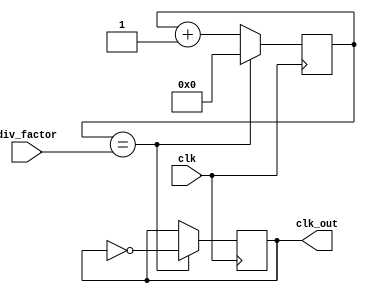
module floating_point_clock_divider (
    input wire clk,
    input wire [31:0] div_factor,
    output wire clk_out
);

reg [63:0] count;
reg clk_div;

always @(posedge clk) begin
    if (count == div_factor) begin
        clk_div <= ~clk_div;
        count <= 0;
    end else begin
        count <= count + 1;
    end
end

assign clk_out = clk_div;

endmodule